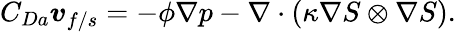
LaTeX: C_{Da}\boldsymbol{v}_{f/s}=-\phi\nabla{p}-\nabla\cdot(\kappa\nabla{S}\otimes\nabla{S}).